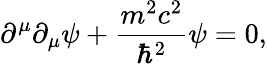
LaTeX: \partial^{\mu}\partial_{\mu}\psi+{\frac{m^{2}c^{2}}{\hbar^{2}}}\psi=0,